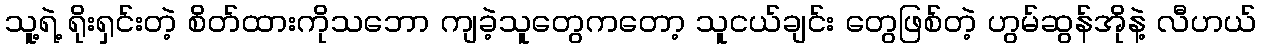
သူ့ရဲ့ ရိုးရှင်းတဲ့ စိတ်ထားကိုသဘော ကျခဲ့သူတွေကတော့ သူငယ်ချင်း တွေဖြစ်တဲ့ ဟွမ်ဆွန်အိုနဲ့ လီဟယ်